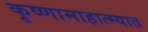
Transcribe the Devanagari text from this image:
कृष्णामाहात्म्यात